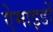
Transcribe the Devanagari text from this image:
ऐमाइडों